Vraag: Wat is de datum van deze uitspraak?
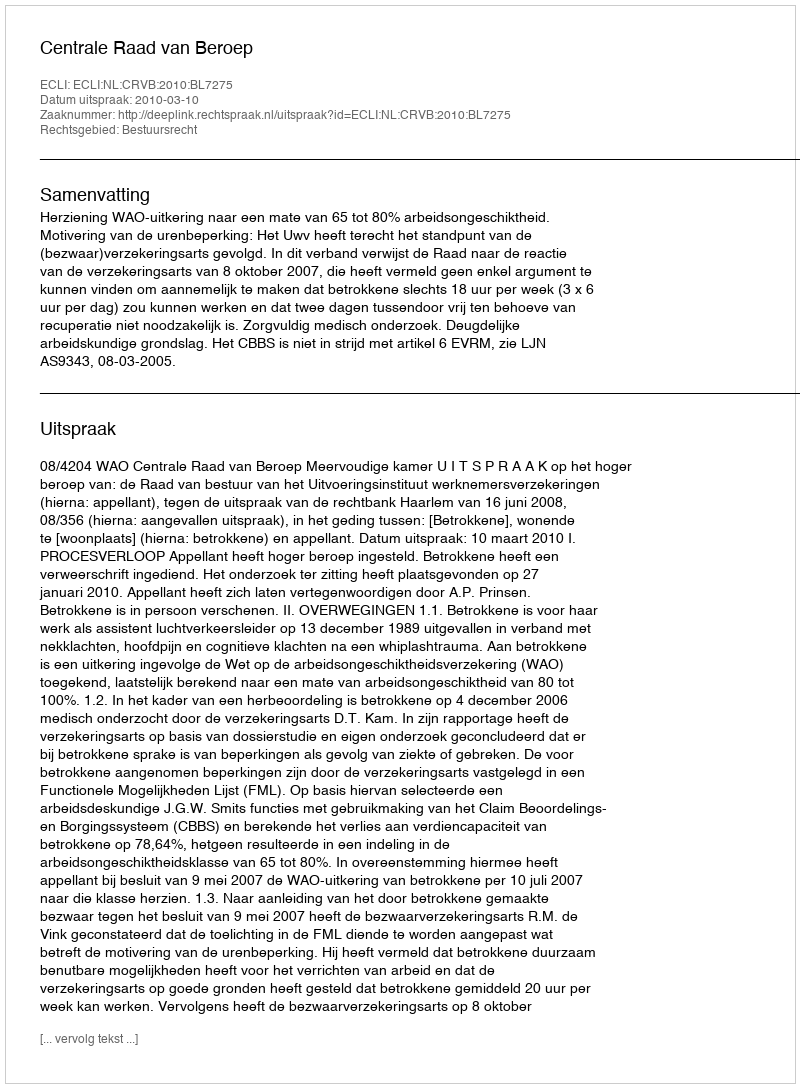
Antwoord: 2010-03-10